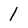
Character: 1